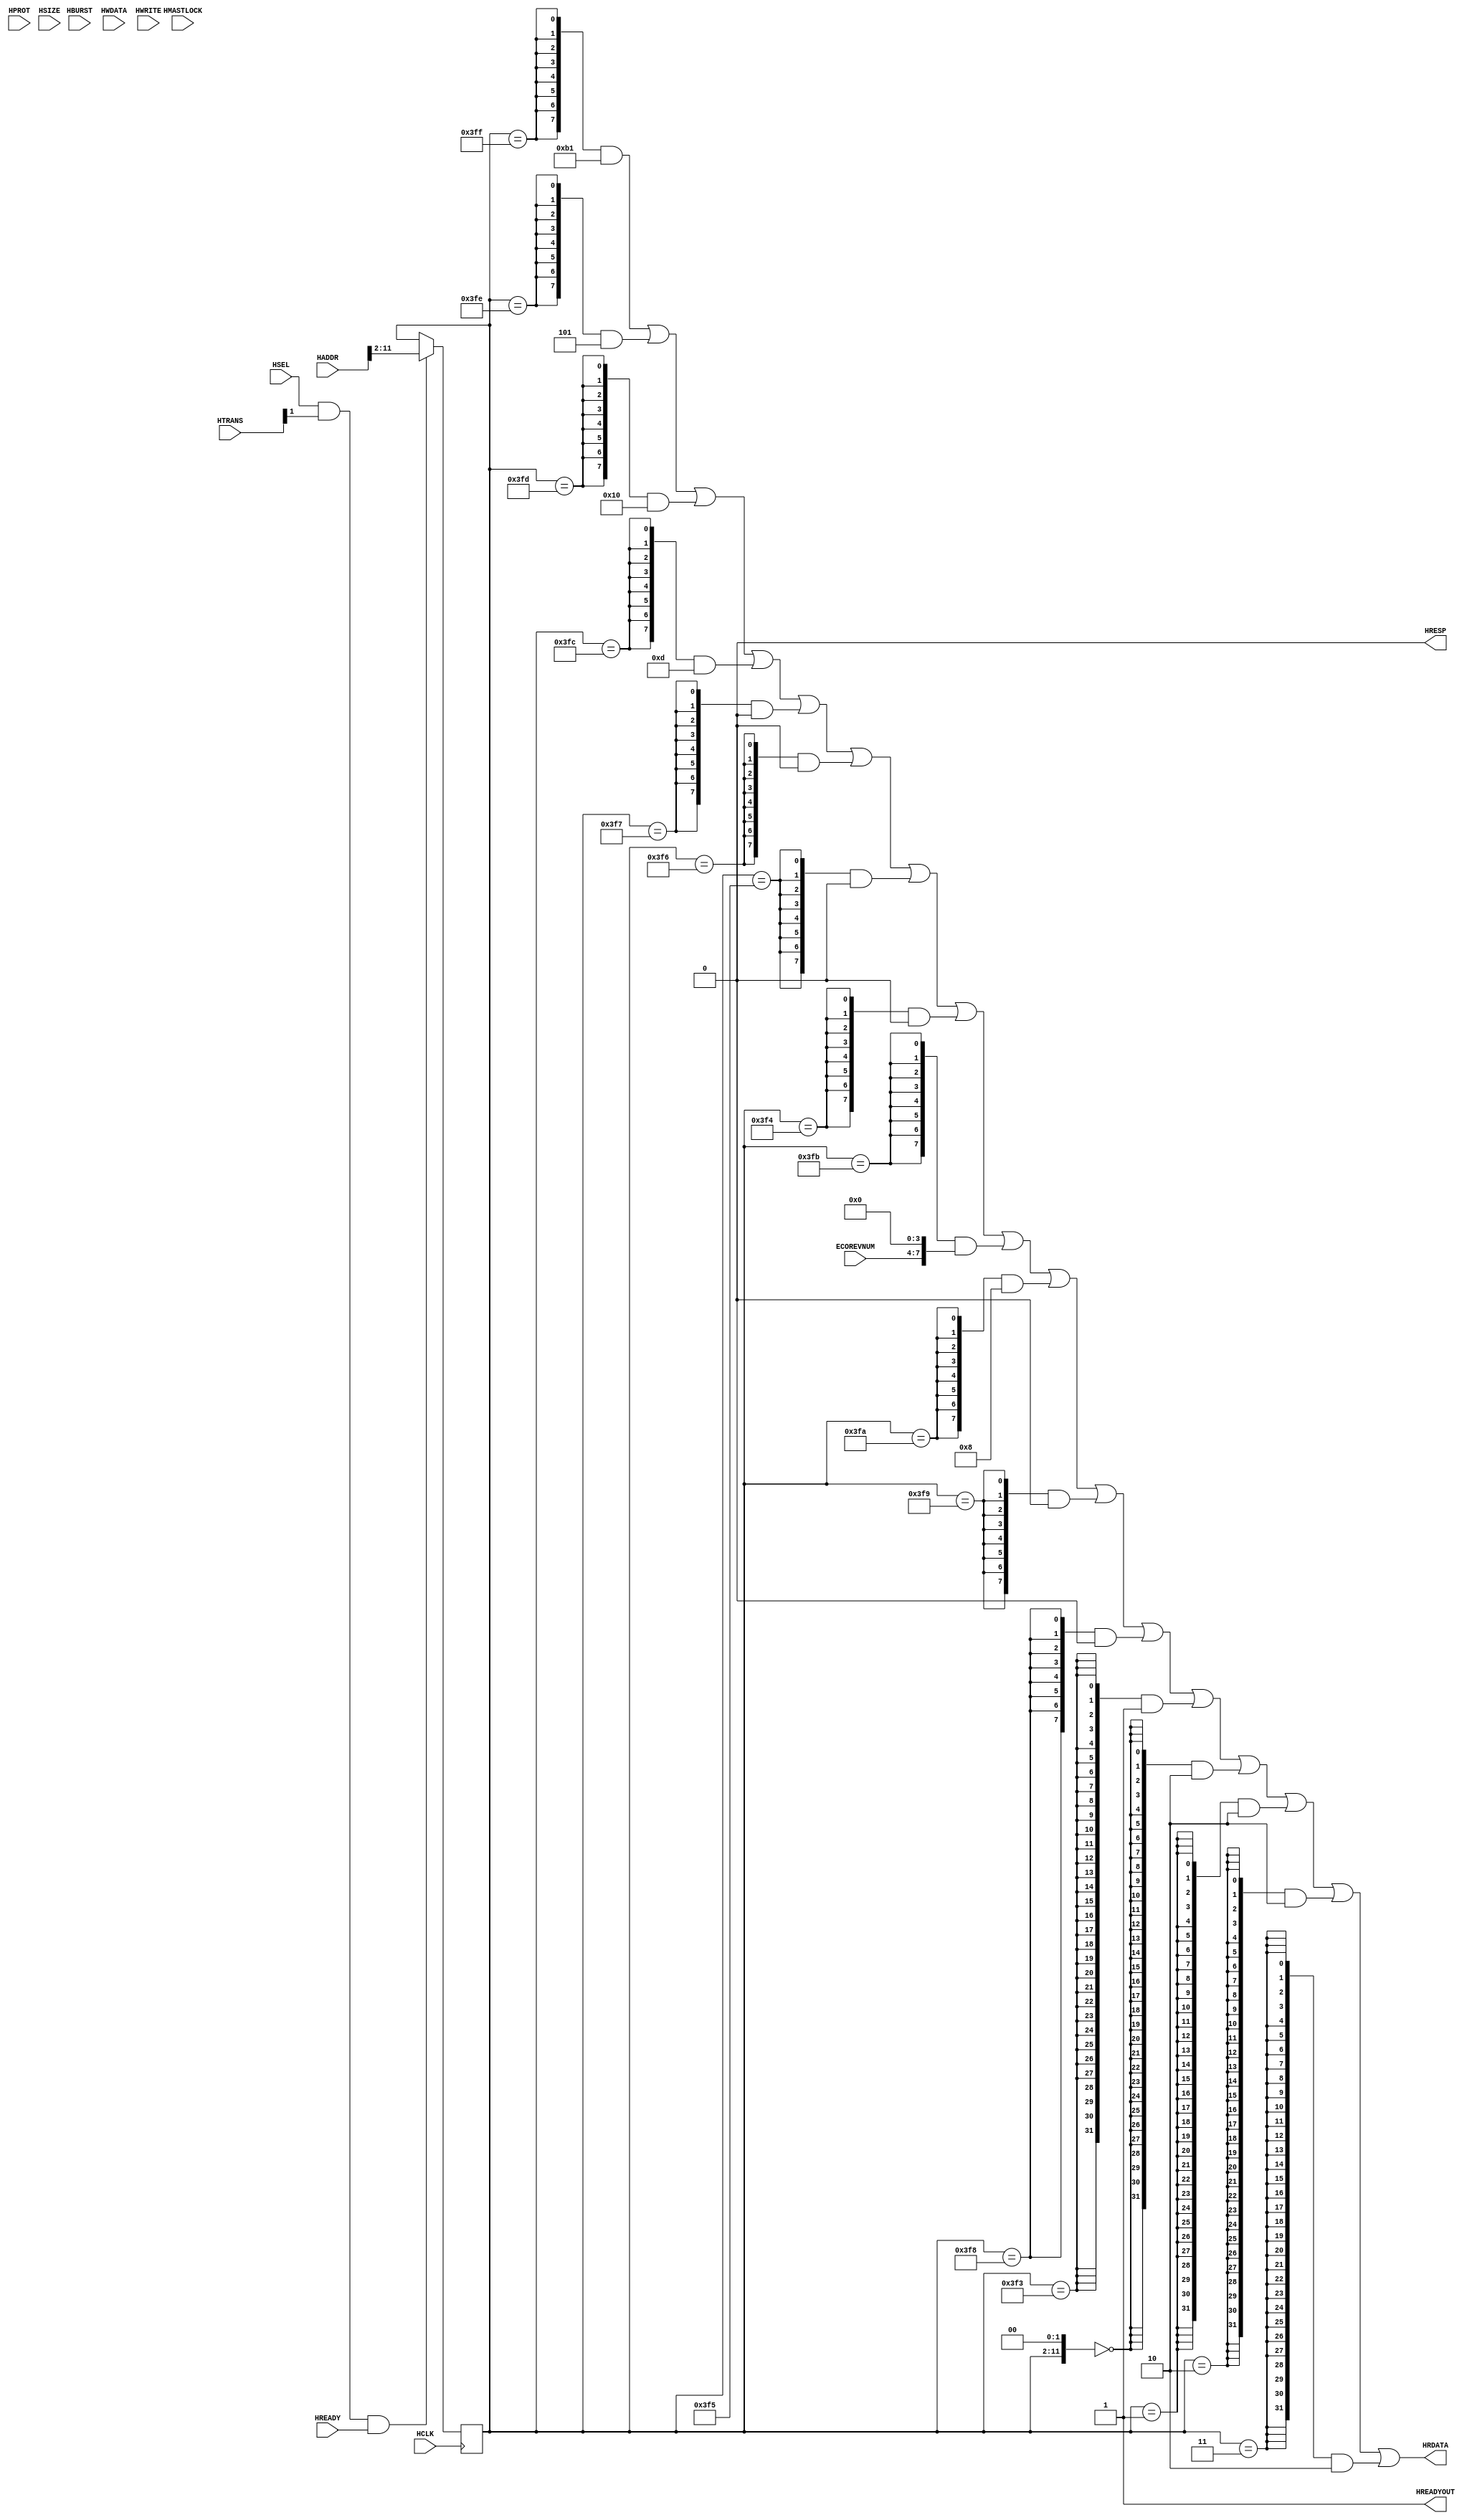
//------------------------------------------------------------------------------
// The confidential and proprietary information contained in this file may
// only be used by a person authorised under and to the extent permitted
// by a subsisting licensing agreement from ARM Limited.
//
//            (C) COPYRIGHT 2010-2015  ARM Limited or its affiliates.
//                ALL RIGHTS RESERVED
//
// This entire notice must be reproduced on all copies of this file
// and copies of this file may only be made by a person if such person is
// permitted to do so under the terms of a subsisting license agreement
// from ARM Limited.
//
//  Version and Release Control Information:
//
//  File Revision       : $Revision: 275084 $
//  File Date           : $Date: 2014-03-27 15:09:11 +0000 (Thu, 27 Mar 2014) $
//
//  Release Information : Cortex-M0 DesignStart-r1p0-00rel0
//------------------------------------------------------------------------------
// Verilog-2001 (IEEE Std 1364-2001)
//------------------------------------------------------------------------------
//
//-----------------------------------------------------------------------------
//     This block implements a Generic 4-entry AHB CoreSight ROM Table
//-----------------------------------------------------------------------------
//
// This example block occupies an 4kB space on the AHB bus at the address
// specified by the BASE[31:0] parameter.
//
//  BASE[31:0] + 0x1000 +--------------------------------------+
//                      | CID: CoreSight ROM Table             |
//                      |--------------------------------------|
//                      | PID: Manufacturer and Partnumber     |
//                      |--------------------------------------|
//                      .                                      .
//                      .                                      .
//                      .                                      .
//                      |--------------------------------------|
//                      | Fourth Entry                         |
//  BASE[31:0] + 0xC    |--------------------------------------|
//                      | Third Entry                          |
//  BASE[31:0] + 0x8    |--------------------------------------|
//                      | Second Entry                         |
//  BASE[31:0] + 0x4    |--------------------------------------|
//                      | First Entry                          |
//  BASE[31:0]          +--------------------------------------+
//
//
// The ROM table allows debug tools to identify the CoreSight components in
// a SoC or subsystem, and to identify the manufacturer and part and revision
// information for the SoC or subsystem.
// The PID fields include the manufacturer's JEDEC JEP106 identity code and
// manufacturer-defined partnumber and revision values.
//
// Considerations:
//
// To allow debug tools to discover the ROM table, it must be pointed to by
// another ROM table in the system, or by the BASEADDR pointer in the DAP.
//
// The ROM table contents must contain correct ID values. To allow for late
// changes (e.g. metal fixes) to be identified from the ID values, the
// ECOREVNUM bus should be easily identifiable and modifiable.
//-----------------------------------------------------------------------------

module cmsdk_ahb_cs_rom_table
  #(
    // ------------------------------------------------------------
    // ROM Table BASE Address
    // ------------------------------------------------------------
    parameter [31:0]   BASE = 32'h00000000,

    // ------------------------------------------------------------
    // ROM Table Manufacturer, Part Number and Revision
    // ------------------------------------------------------------
    parameter [6:0]    JEPID           = 7'b0000000, // JEP106 identity code
    parameter [3:0]    JEPCONTINUATION = 4'h0,       // number of JEP106
                                                     // continuation codes
    parameter [11:0]   PARTNUMBER      = 12'h000,    // part number
    parameter [3:0]    REVISION        = 4'h0,       // part revision

    // ------------------------------------------------------------
    // ROM Table entries: (Base Address | Present)
    // ------------------------------------------------------------
    parameter [31:0]   ENTRY0BASEADDR = 32'h00000000,
    parameter          ENTRY0PRESENT  = 1'b0,

    parameter [31:0]   ENTRY1BASEADDR = 32'h00000000,
    parameter          ENTRY1PRESENT  = 1'b0,

    parameter [31:0]   ENTRY2BASEADDR = 32'h00000000,
    parameter          ENTRY2PRESENT  = 1'b0,

    parameter [31:0]   ENTRY3BASEADDR = 32'h00000000,
    parameter          ENTRY3PRESENT  = 1'b0
    )
   (
    input wire         HCLK,                 // AHB clock
    input wire         HSEL,                 // AHB select
    input wire  [31:0] HADDR,                // AHB address
    input wire  [ 2:0] HBURST,               // AHB burst
    input wire         HMASTLOCK,            // AHB lock
    input wire  [ 3:0] HPROT,                // AHB prot
    input wire  [ 2:0] HSIZE,                // AHB size
    input wire  [ 1:0] HTRANS,               // AHB transfer
    input wire  [31:0] HWDATA,               // AHB write data
    input wire         HWRITE,               // AHB write
    input wire         HREADY,               // AHB ready
    input wire  [ 3:0] ECOREVNUM,            // part minor revision (metal fix)
    output wire [31:0] HRDATA,               // AHB read-data
    output wire        HRESP,                // AHB response
    output wire        HREADYOUT);           // AHB ready out

   // ------------------------------------------------------------
   // Local wires
   // ------------------------------------------------------------
   reg  [ 9:0] haddr_reg;
   wire [31:0] rdata;


   // ------------------------------------------------------------
   // ROM Tables
   // ------------------------------------------------------------

   //
   // ROM Table Entry Calculation:
   //
   // Ref: ARM IHI0029B CoreSight Architecture Specification
   //
   // ROM table entry format:
   // [31:12] Address Offset. Base address of highest 4KB block relative to ROM
   //         table address.
   // [11: 2] RESERVED, RAZ
   //     [1] Format. 1=32-bit format
   //     [0] Entry Present.
   //
   // ComponentAddress = ROMAddress + (AddressOffset SHL 12)
   //

   // Calculate address offset values
   localparam [19:0] ENTRY0OFFSET = ENTRY0BASEADDR[31:12] - BASE[31:12];
   localparam [19:0] ENTRY1OFFSET = ENTRY1BASEADDR[31:12] - BASE[31:12];
   localparam [19:0] ENTRY2OFFSET = ENTRY2BASEADDR[31:12] - BASE[31:12];
   localparam [19:0] ENTRY3OFFSET = ENTRY3BASEADDR[31:12] - BASE[31:12];

   // Construct entries
   localparam [31:0] ENTRY0 = { ENTRY0OFFSET, 10'b0, 1'b1, ENTRY0PRESENT!=0 };
   localparam [31:0] ENTRY1 = { ENTRY1OFFSET, 10'b0, 1'b1, ENTRY1PRESENT!=0 };
   localparam [31:0] ENTRY2 = { ENTRY2OFFSET, 10'b0, 1'b1, ENTRY2PRESENT!=0 };
   localparam [31:0] ENTRY3 = { ENTRY3OFFSET, 10'b0, 1'b1, ENTRY3PRESENT!=0 };


   // ------------------------------------------------------------
   // AHB Interface
   // ------------------------------------------------------------
   wire       trans_valid = HSEL & HTRANS[1] & HREADY;

   always @(posedge HCLK)
     if (trans_valid)
       haddr_reg[9:0] <= HADDR[11:2];

   assign     HREADYOUT = 1'b1;
   assign     HRDATA    = rdata;
   assign     HRESP     = 1'b0;

   wire [11:0] word_addr = {haddr_reg, 2'b00};

   // Make unused AHB-Lite signals obvious for Lint purposes
   wire [66:0] unused = { HADDR[31:12], HADDR[1:0], HBURST[2:0], HMASTLOCK,
                          HPROT[3:0], HSIZE[2:0], HTRANS[0], HWDATA[31:0],
                          HWRITE };


   // ------------------------------------------------------------
   // ROM Table Content
   // ------------------------------------------------------------

   wire       cid3_en         = (word_addr[11:0] == 12'hFFC);
   wire       cid2_en         = (word_addr[11:0] == 12'hFF8);
   wire       cid1_en         = (word_addr[11:0] == 12'hFF4);
   wire       cid0_en         = (word_addr[11:0] == 12'hFF0);

   wire       pid7_en         = (word_addr[11:0] == 12'hFDC);
   wire       pid6_en         = (word_addr[11:0] == 12'hFD8);
   wire       pid5_en         = (word_addr[11:0] == 12'hFD4);
   wire       pid4_en         = (word_addr[11:0] == 12'hFD0);
   wire       pid3_en         = (word_addr[11:0] == 12'hFEC);
   wire       pid2_en         = (word_addr[11:0] == 12'hFE8);
   wire       pid1_en         = (word_addr[11:0] == 12'hFE4);
   wire       pid0_en         = (word_addr[11:0] == 12'hFE0);

   wire       systemaccess_en = (word_addr[11:0] == 12'hFCC);

   wire       entry0_en       = (word_addr[11:0] == 12'h000);
   wire       entry1_en       = (word_addr[11:0] == 12'h004);
   wire       entry2_en       = (word_addr[11:0] == 12'h008);
   wire       entry3_en       = (word_addr[11:0] == 12'h00C);

   wire [7:0] ids =
              ( ( {8{cid3_en}} & 8'hB1 ) | // CID3 : Rom Table
                ( {8{cid2_en}} & 8'h05 ) | // CID2 : Rom Table
                ( {8{cid1_en}} & 8'h10 ) | // CID1 : Rom Table
                ( {8{cid0_en}} & 8'h0D ) | // CID0 : Rom Table

                ( {8{pid7_en}} & 8'h00 ) | // PID7 : RESERVED
                ( {8{pid6_en}} & 8'h00 ) | // PID6 : RESERVED
                ( {8{pid5_en}} & 8'h00 ) | // PID5 : RESERVED
                ( {8{pid4_en}} & { {4{1'b0}}, JEPCONTINUATION[3:0] } ) |
                ( {8{pid3_en}} & { ECOREVNUM[3:0], {4{1'b0}} } ) |
                ( {8{pid2_en}} & { REVISION[3:0], 1'b1, JEPID[6:4] } ) |
                ( {8{pid1_en}} & { JEPID[3:0], PARTNUMBER[11:8] } ) |
                ( {8{pid0_en}} &   PARTNUMBER[7:0] )
                );

   //
   // Assign Read Data. Default value of 32'h00000000
   // corresponds to the End Of Table marker.
   //
   assign     rdata[31:0] =
              ( ( {{24{1'b0}}, ids[7:0] } )              |
                ( {32{systemaccess_en}} & 32'h00000001 ) |
                // Pointers to CoreSight Components
                ( {32{entry0_en}} & ENTRY0[31:0] )       |
                ( {32{entry1_en}} & ENTRY1[31:0] )       |
                ( {32{entry2_en}} & ENTRY2[31:0] )       |
                ( {32{entry3_en}} & ENTRY3[31:0] )
                );

   // -------------------------------------------------------------------------

`ifdef ARM_ASSERT_ON

   // -------------------------------------------------------------------------
   // Assertions
   // -------------------------------------------------------------------------

   `include "std_ovl_defines.h"


   // Addresses must always be 4KB aligned
   assert_never
     #(`OVL_FATAL,`OVL_ASSERT,"Rom Table BASE must be 4K aligned")
   u_asrt_rom_table_base_alignment
     (.clk(HCLK), .reset_n(1'b1), .test_expr(|BASE[11:0]));

   // Addresses must always be 4KB aligned
   assert_never
     #(`OVL_FATAL,`OVL_ASSERT,"Rom Table ENTRY0BASEADDR must be 4K aligned")
   u_asrt_rom_table_entry0_alignment
     (.clk(HCLK), .reset_n(1'b1), .test_expr(|ENTRY0BASEADDR[11:0]));

   // Addresses must always be 4KB aligned
   assert_never
     #(`OVL_FATAL,`OVL_ASSERT,"Rom Table ENTRY1BASEADDR must be 4K aligned")
   u_asrt_rom_table_entry1_alignment
     (.clk(HCLK), .reset_n(1'b1), .test_expr(|ENTRY1BASEADDR[11:0]));

   // Addresses must always be 4KB aligned
   assert_never
     #(`OVL_FATAL,`OVL_ASSERT,"Rom Table ENTRY2BASEADDR must be 4K aligned")
   u_asrt_rom_table_entry2_alignment
     (.clk(HCLK), .reset_n(1'b1), .test_expr(|ENTRY2BASEADDR[11:0]));

   // Addresses must always be 4KB aligned
   assert_never
     #(`OVL_FATAL,`OVL_ASSERT,"Rom Table ENTRY3BASEADDR must be 4K aligned")
   u_asrt_rom_table_entry3_alignment
     (.clk(HCLK), .reset_n(1'b1), .test_expr(|ENTRY3BASEADDR[11:0]));

`endif

endmodule